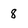
Character: 8